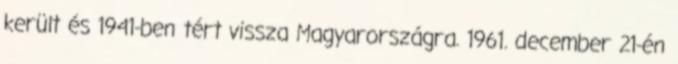
került és 1941-ben tért vissza Magyarországra. 1961. december 21-én